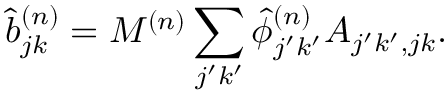
\hat { b } _ { j k } ^ { ( n ) } = M ^ { ( n ) } \sum _ { j ^ { \prime } k ^ { \prime } } \hat { \phi } _ { j ^ { \prime } k ^ { \prime } } ^ { ( n ) } A _ { j ^ { \prime } k ^ { \prime } , j k } .